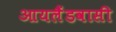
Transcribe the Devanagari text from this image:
आयलैंडवासी